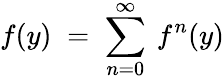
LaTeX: f(y)\; =\; \sum_{n=0}^{\infty}\: f^{n}(y)